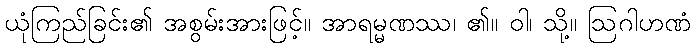
ယုံကြည်ခြင်း၏ အစွမ်းအားဖြင့်။ အာရမ္မဏဿ၊ ၏။ ဝါ၊ သို့။ ဩဂါဟဏံ